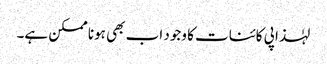
لہٰذا پی کائنات کا وجود اب بھی ہونا ممکن ہے۔